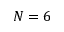
N = 6